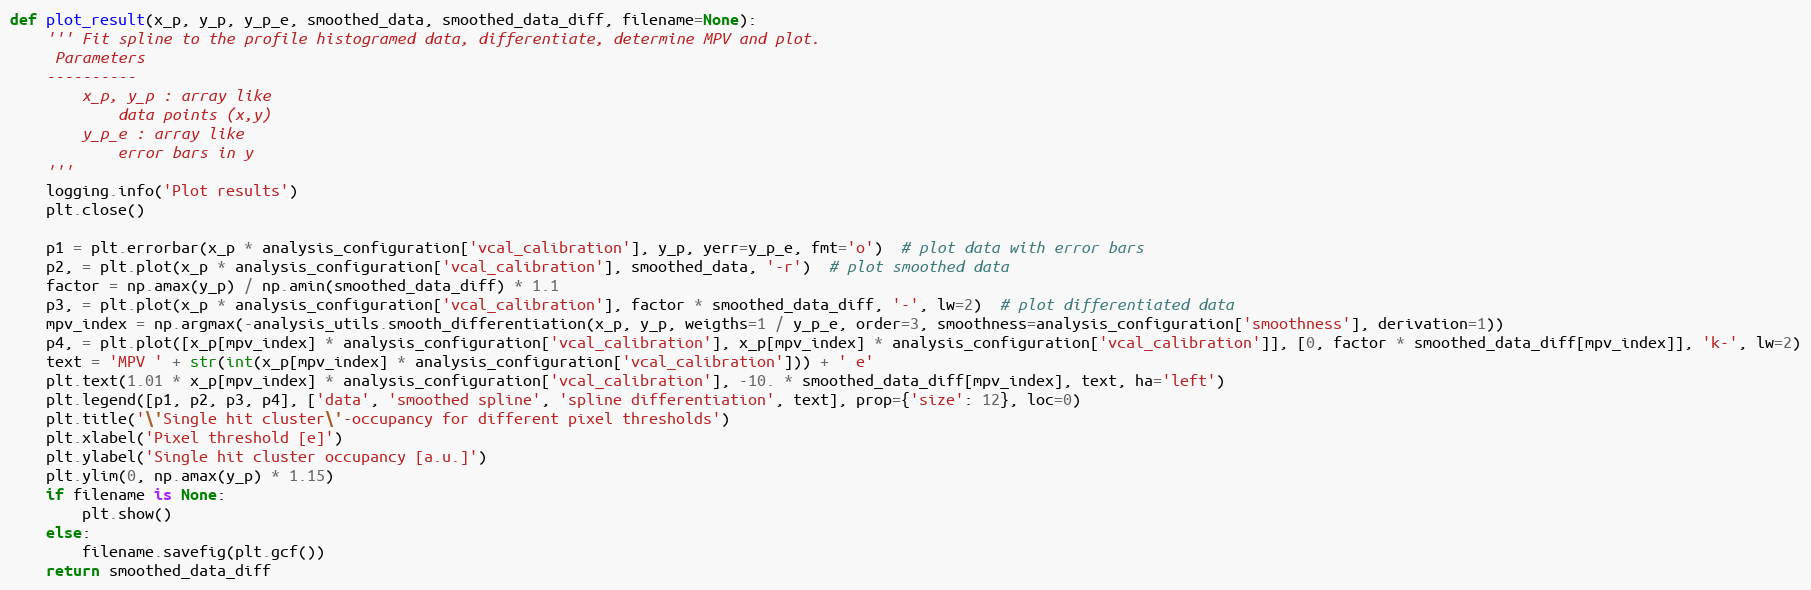
Language: Python
def plot_result(x_p, y_p, y_p_e, smoothed_data, smoothed_data_diff, filename=None):
    ''' Fit spline to the profile histogramed data, differentiate, determine MPV and plot.
     Parameters
    ----------
        x_p, y_p : array like
            data points (x,y)
        y_p_e : array like
            error bars in y
    '''
    logging.info('Plot results')
    plt.close()

    p1 = plt.errorbar(x_p * analysis_configuration['vcal_calibration'], y_p, yerr=y_p_e, fmt='o')  # plot data with error bars
    p2, = plt.plot(x_p * analysis_configuration['vcal_calibration'], smoothed_data, '-r')  # plot smoothed data
    factor = np.amax(y_p) / np.amin(smoothed_data_diff) * 1.1
    p3, = plt.plot(x_p * analysis_configuration['vcal_calibration'], factor * smoothed_data_diff, '-', lw=2)  # plot differentiated data
    mpv_index = np.argmax(-analysis_utils.smooth_differentiation(x_p, y_p, weigths=1 / y_p_e, order=3, smoothness=analysis_configuration['smoothness'], derivation=1))
    p4, = plt.plot([x_p[mpv_index] * analysis_configuration['vcal_calibration'], x_p[mpv_index] * analysis_configuration['vcal_calibration']], [0, factor * smoothed_data_diff[mpv_index]], 'k-', lw=2)
    text = 'MPV ' + str(int(x_p[mpv_index] * analysis_configuration['vcal_calibration'])) + ' e'
    plt.text(1.01 * x_p[mpv_index] * analysis_configuration['vcal_calibration'], -10. * smoothed_data_diff[mpv_index], text, ha='left')
    plt.legend([p1, p2, p3, p4], ['data', 'smoothed spline', 'spline differentiation', text], prop={'size': 12}, loc=0)
    plt.title('\'Single hit cluster\'-occupancy for different pixel thresholds')
    plt.xlabel('Pixel threshold [e]')
    plt.ylabel('Single hit cluster occupancy [a.u.]')
    plt.ylim(0, np.amax(y_p) * 1.15)
    if filename is None:
        plt.show()
    else:
        filename.savefig(plt.gcf())
    return smoothed_data_diff